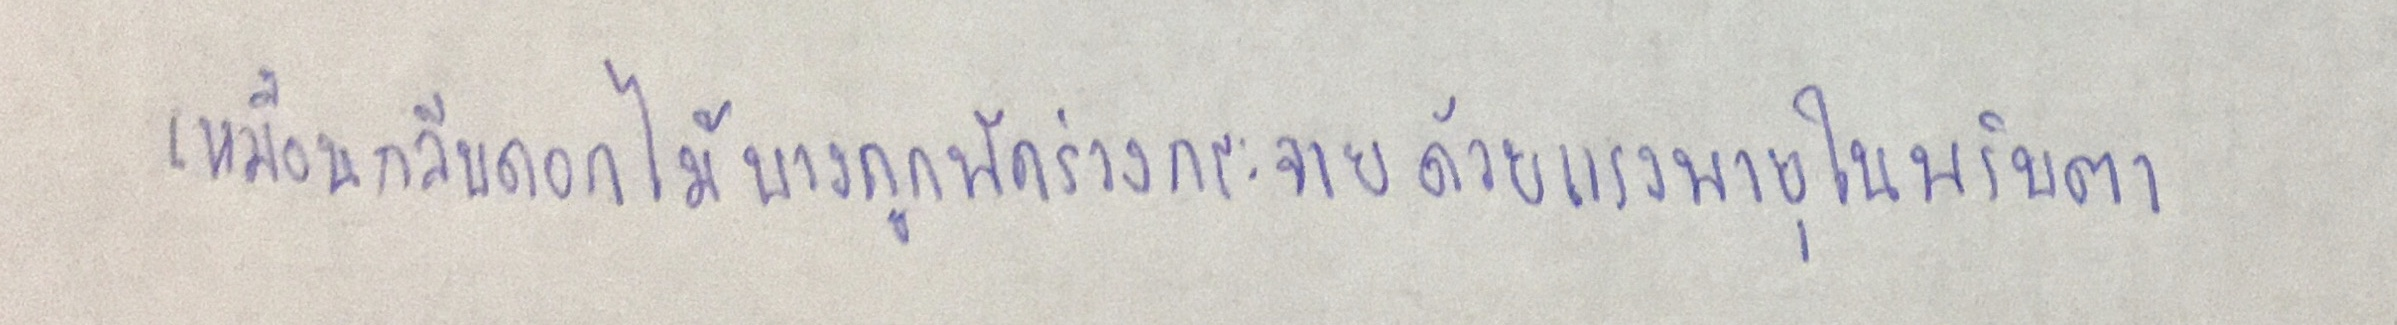
เหมือนกลีบดอกไม้บางถูกพัดร่วงกระจายด้วยแรงพายุในพริบตา